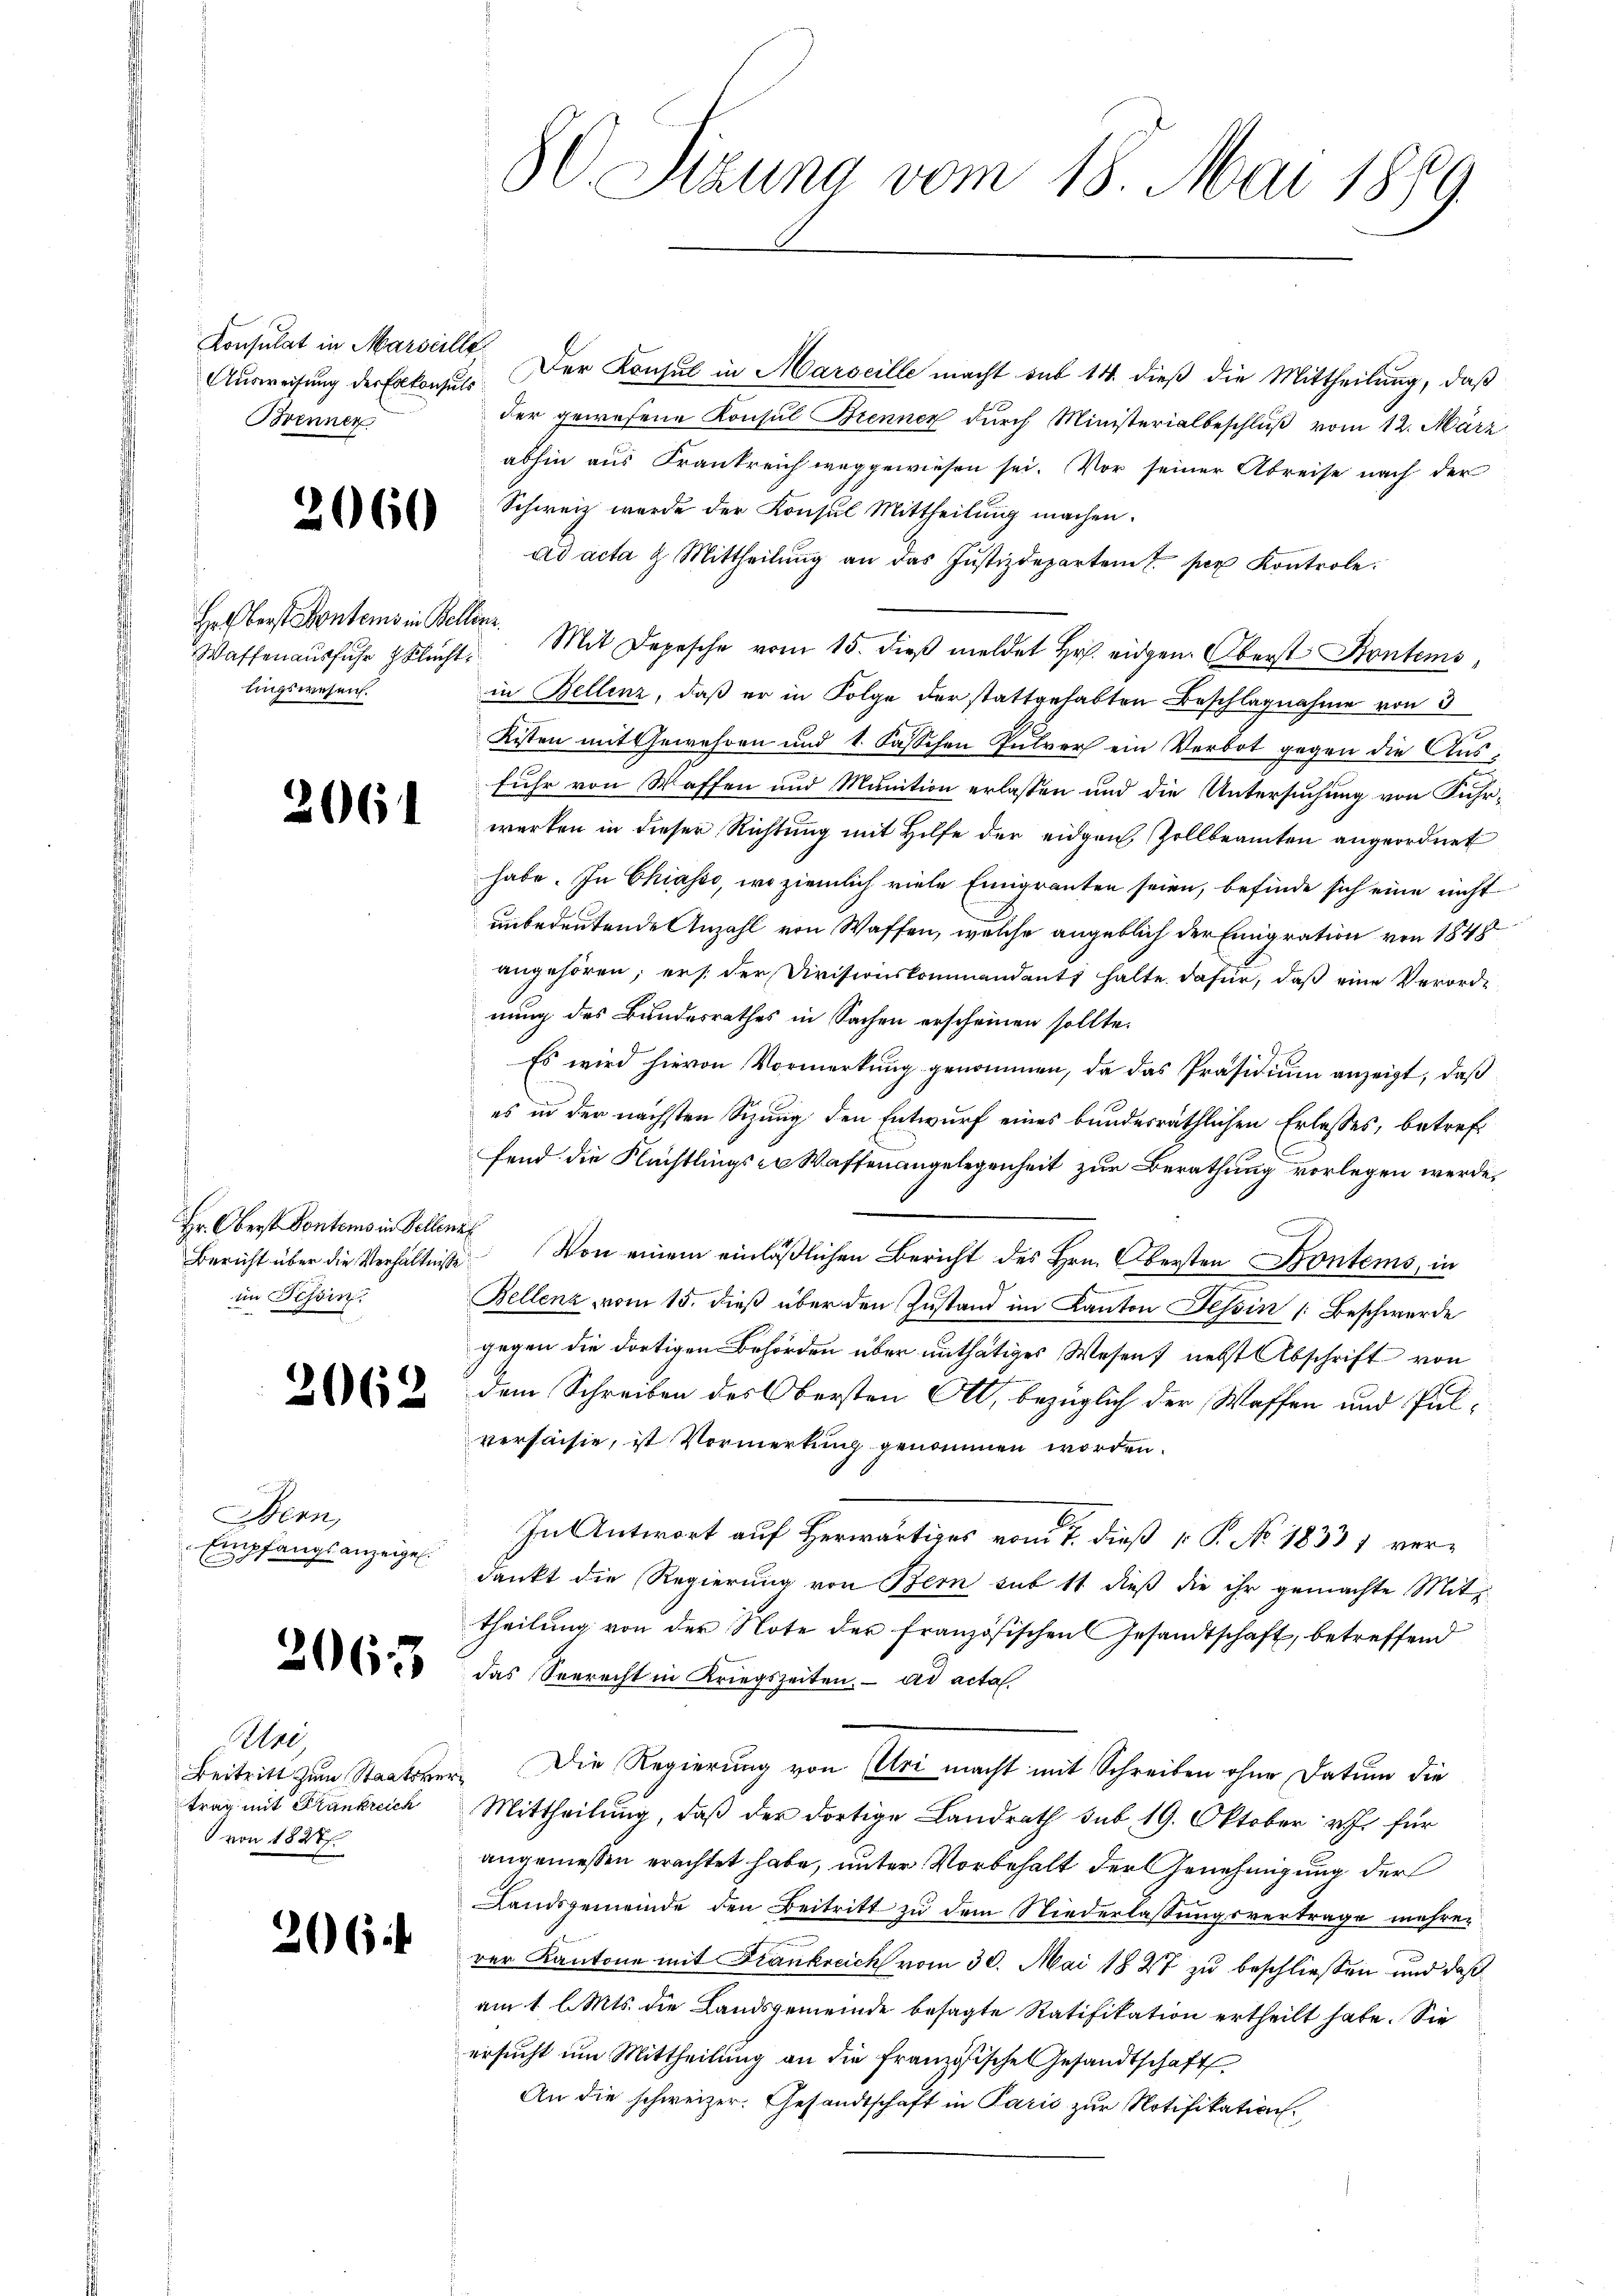
Konsulat in Marseille,
Brenner

2060

Hrlberst Fontems in Bellinz
lingswesen.

Hr. Oberst Dontems in Velleni
im Tessin.

2062

Bern,
Empfangs anzeigel.
E

Alre
von 1827.

206

Ausweisung der Erkonfuss. Der Konsul in Marseille macht sub 14. dieß die Mittheilung, daß
der gewesene Konsul Brenner durch Ministerialbeschluß vom 12. März
abhin aus Frankreich weggewiesen sei. Vor seiner Abreise nach der
Schweiz wurde der Konsul Mittheilung machen.
ad acta & Mittheilŭng an das Justizdepartem per Kontrole.
Waffenaŭsfŭhr flucht. Mit Depesche vom 15. dieβ meldet Hr. eidgen. Oberst Stontems,
in Bellenz, daß er in Folge der stattgehabten Beschlagnahme von 3
Kisten mit Gewehren und 1. Fasschen Pulver ein Verbot gegen die Ausfuhr von Waffen und Munition erlassen und die Untersuchung von Fuhr¬
" werken in dieser Richtŭng mit Hilfe der eidgen. Zollbeamten angeordnet
habe. In Chiasso, wo ziemlich viele Einigranten seien, befinde sich eine nicht
unbedeutende Anzahl von Waffen, welche angeblich der Emigration von 1848
angehören; er s. der Divisionskommendants halte dafür, daß eine Verord-
nung des Bundesrathes in Sachen erscheinen sollte.
Es wird hievon Vormerkung genommen, da das Präsidium anzeigt, daß
es in der nächsten Sizung den Entwurf eines bundesräthlichen Erlasses, betreffend die Flüchtlings- u Waffenangelegenheit zur Berathung vorlegen werde,
Bericht über die Verhältnisse. Von einem einläßlichen Bericht des Hrn. Obersten Kontems, in
s
Bellenz vom 15. dieß über den Zustand im Kanton Tessin [Beschwerde
gegen die dortigen Behörden über unthätiges Wesen, nebst Abschrift von
dem Schreiben des Obersten Ott, bezüglich der Waffen und Pulversaisie, ist Vormerkung genommen worden.
In Antwort auf Herwärtiges vom 7. dieß P. No. 18331 verdankt die Regierung von Bern sub 11 dieß die ihr gemachte Mittheilung von der Note der französischen Gesandtschaft, betreffend
233 das Seerecht in Kriegszeiten. ad acta
Beitritt zum Staatsver- Die Regierung von Uri macht mit Schreiben ohne Datum die
trag mit Frankreich Mittheilŭng, daβ der dortige Landrath sub 19. Oktober v. J. für
angemessen erachtet habe, unter Vorbehalt der Genehmigung der
Landsgemeinde den Beitritt zu dem Niederlassungsvertrage mehrer
rer Kantone mit Frankreich vom 30. Mai 1847 zu beschließen und daß
am 1 l. Mts. die Landsgemeinde besagte Ratifikation ertheilt habe. Sie
ersucht um Mittheilung an die französische Gesandtschaft
An die schweizer. Gesandtschaft in Parić zur Notifikation

80 Sizung vom 18. Mai 1859